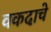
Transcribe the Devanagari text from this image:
वकदाचे